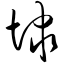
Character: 埭